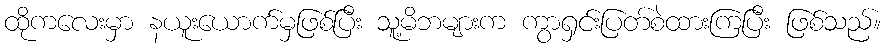
ထိုကလေးမှာ နယူးယောက်မှဖြစ်ပြီး သူ့မိဘများက ကွာရှင်းပြတ်စဲထားကြပြီး ဖြစ်သည်။